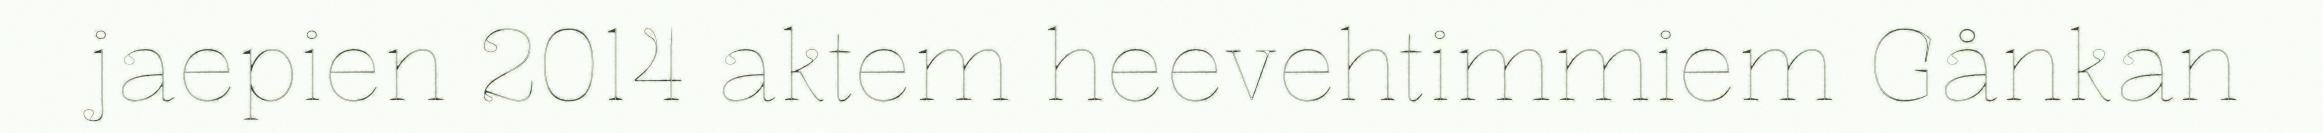
jaepien 2014 aktem heevehtimmiem Gånkan